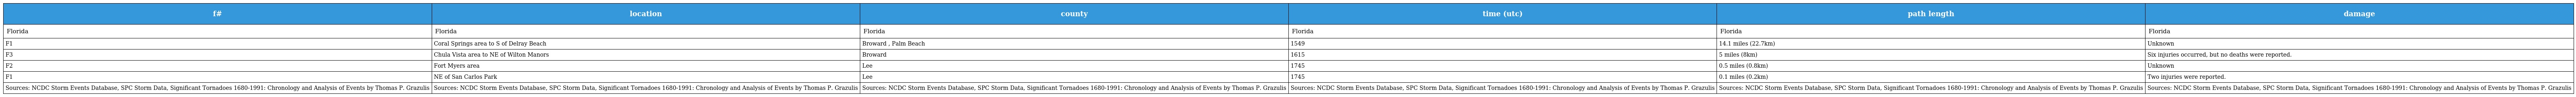
| f# | location | county | time (utc) | path length | damage |
 | --- | --- | --- | --- | --- | --- |
 | Florida | Florida | Florida | Florida | Florida | Florida |
 | F1 | Coral Springs area to S of Delray Beach | Broward , Palm Beach | 1549 | 14.1 miles (22.7km) | Unknown |
 | F3 | Chula Vista area to NE of Wilton Manors | Broward | 1615 | 5 miles (8km) | Six injuries occurred, but no deaths were reported. |
 | F2 | Fort Myers area | Lee | 1745 | 0.5 miles (0.8km) | Unknown |
 | F1 | NE of San Carlos Park | Lee | 1745 | 0.1 miles (0.2km) | Two injuries were reported. |
 | Sources: NCDC Storm Events Database, SPC Storm Data, Significant Tornadoes 1680-1991: Chronology and Analysis of Events by Thomas P. Grazulis | Sources: NCDC Storm Events Database, SPC Storm Data, Significant Tornadoes 1680-1991: Chronology and Analysis of Events by Thomas P. Grazulis | Sources: NCDC Storm Events Database, SPC Storm Data, Significant Tornadoes 1680-1991: Chronology and Analysis of Events by Thomas P. Grazulis | Sources: NCDC Storm Events Database, SPC Storm Data, Significant Tornadoes 1680-1991: Chronology and Analysis of Events by Thomas P. Grazulis | Sources: NCDC Storm Events Database, SPC Storm Data, Significant Tornadoes 1680-1991: Chronology and Analysis of Events by Thomas P. Grazulis | Sources: NCDC Storm Events Database, SPC Storm Data, Significant Tornadoes 1680-1991: Chronology and Analysis of Events by Thomas P. Grazulis |